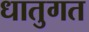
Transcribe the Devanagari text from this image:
धातुगत